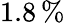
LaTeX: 1.8\, \%